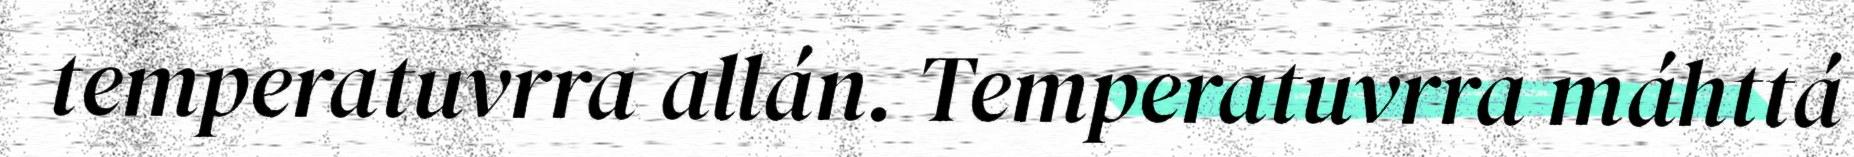
temperatuvrra allán. Temperatuvrra máhttá